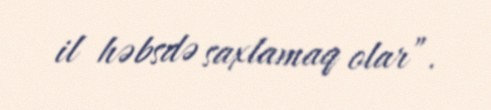
il həbsdə saxlamaq olar”.